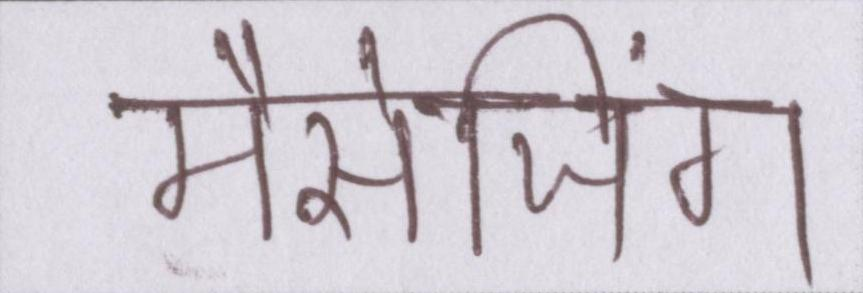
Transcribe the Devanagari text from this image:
मैसेजिंग